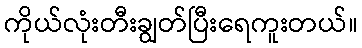
ကိုယ်လုံးတီးချွတ်ပြီးရေကူးတယ်။